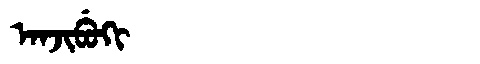
Manchu: ᠠᠨᠵᡳᠪᡠᡴᡳ
Romanization: ANJIBUKI